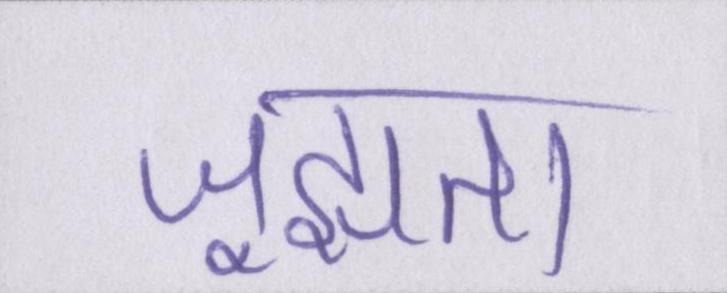
जूझता